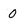
Character: 0